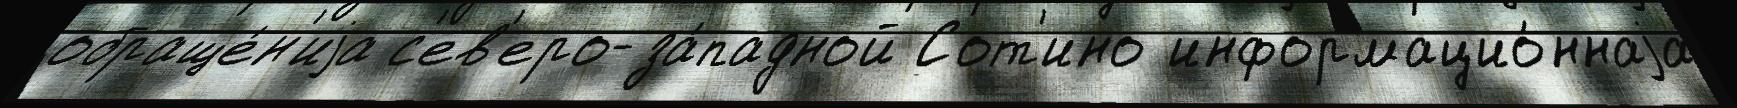
обраще́н'иjа с'ев'еро-за́падной Сот'ино информацио́ннаjа